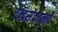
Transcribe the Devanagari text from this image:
चन्द्रसंक्रान्ती